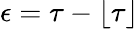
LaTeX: \epsilon=\tau-\lfloor\tau\rfloor